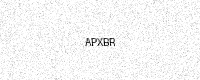
Text: APXBR